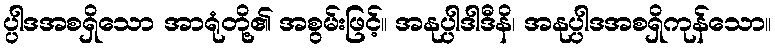
ပ္ပါဒအစရှိသော အာရုံတို့၏ အစွမ်းဖြင့်။ အနုပ္ပါဒါဒီနိ၊ အနုပ္ပါဒအစရှိကုန်သော။